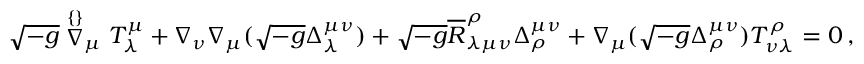
\begin{array} { r } { \sqrt { - g } \stackrel { \{ \} } { \nabla } _ { \mu } T ^ { \mu } _ { \lambda } + \nabla _ { \nu } \nabla _ { \mu } ( \sqrt { - g } \Delta ^ { \mu \nu } _ { \lambda } ) + \sqrt { - g } \overline { { R } } _ { \lambda \mu \nu } ^ { \rho } \Delta ^ { \mu \nu } _ { \rho } + \nabla _ { \mu } ( \sqrt { - g } \Delta ^ { \mu \nu } _ { \rho } ) T ^ { \rho } _ { \nu \lambda } = 0 \, , } \end{array}